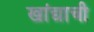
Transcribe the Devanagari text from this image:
खांद्याची